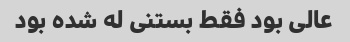
عالی بود فقط بستنی له شده بود